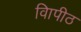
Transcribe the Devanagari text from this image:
विापीठ